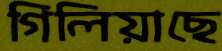
গিলিয়াছে